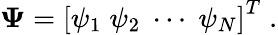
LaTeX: \mathbf{\Psi}=\left[\begin{array}{l}{\mathbf{\psi}_{1}\; \mathbf{\psi}_{2}\; \cdots\; \mathbf{\psi}_{N}}\end{array}\right]^{T}\; .